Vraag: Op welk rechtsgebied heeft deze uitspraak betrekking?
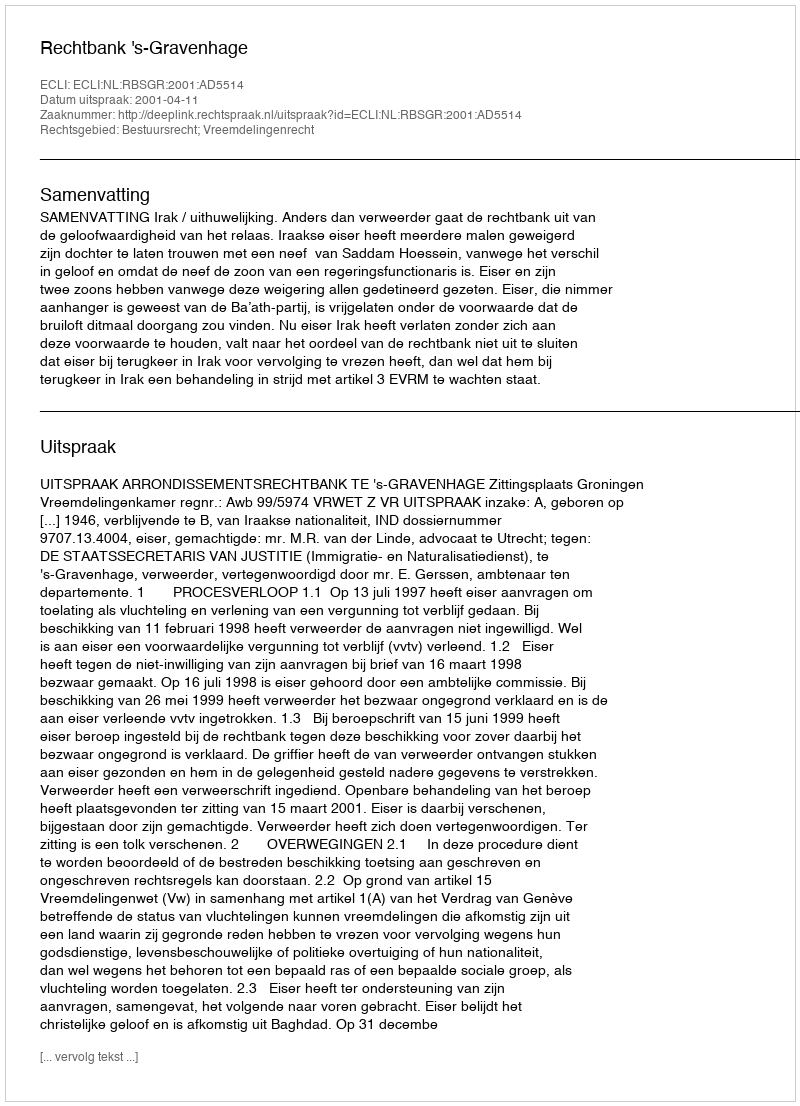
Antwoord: Bestuursrecht; Vreemdelingenrecht